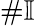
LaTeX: \# \mathbb{I}